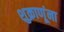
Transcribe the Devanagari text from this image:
शुक्राणूंना